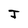
Character: J